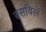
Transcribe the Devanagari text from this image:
बसविलें